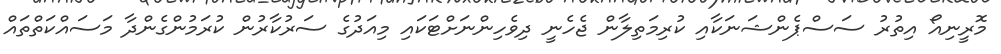
މޮރީނިއޯ އިތުރު ސަސްޕެންޝަނަކާއި ކުރިމަތިލާން ޖެހެނީ ދިވެހިންނަށްޓަކައި މިއަދުގެ ސަރުކާރުން ކުރަމުންގެންދާ މަސައްކަތްތައް